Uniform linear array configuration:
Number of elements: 24
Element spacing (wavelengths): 0.75
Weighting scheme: binomial
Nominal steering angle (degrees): -30
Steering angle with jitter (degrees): -30.474
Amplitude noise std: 0.05
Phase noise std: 0.05

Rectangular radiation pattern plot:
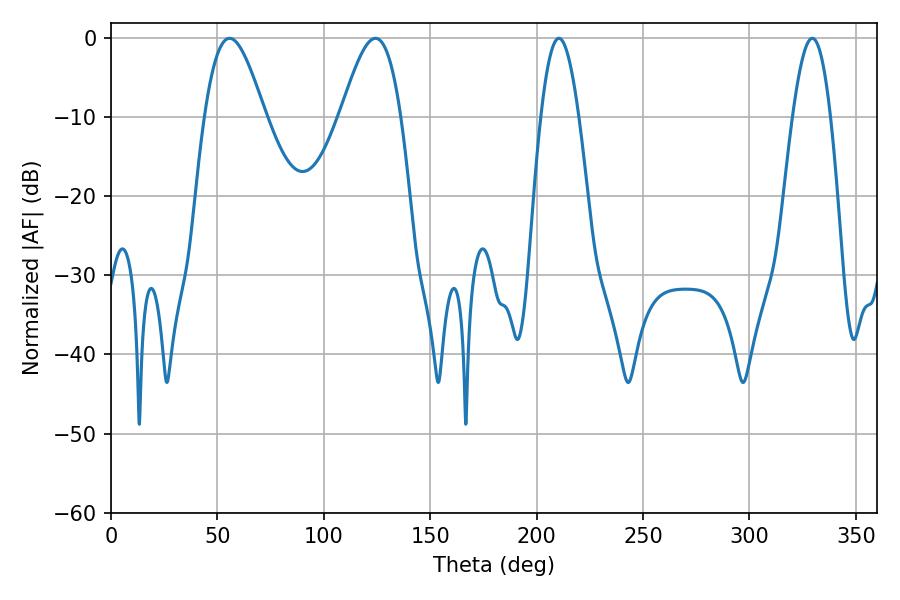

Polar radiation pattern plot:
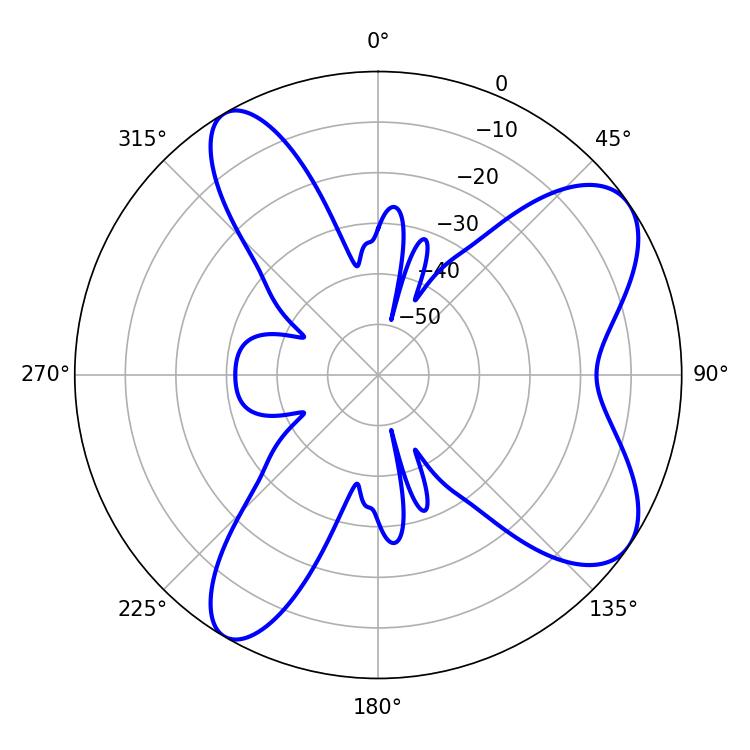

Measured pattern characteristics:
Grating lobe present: TRUE
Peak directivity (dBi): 8.063
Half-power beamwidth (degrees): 9.72
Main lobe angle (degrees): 210.42